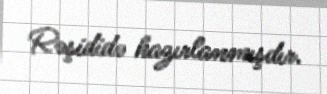
Rəşididə hazırlanmışdır.